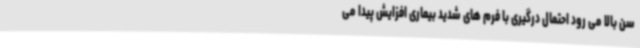
سن بالا می رود احتمال درگیری با فرم های شدید بیماری افزایش پیدا می